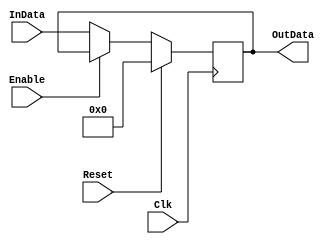
module register_generic#(parameter N=16)(Enable, Reset, Clk, InData, OutData);
input Enable, Reset, Clk;
input[N-1:0] InData;
output[N-1:0] OutData;

reg[N-1:0] Data;
assign OutData=Data;

always @(posedge Clk)
begin
  if(Reset)
    Data <= {N{1'b0}};
  else if(!Enable)
    Data<=InData;
  else
    Data<=Data;  
end


endmodule